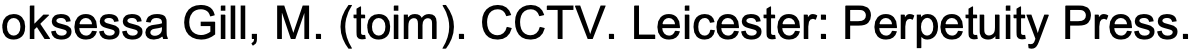
oksessa Gill, M. (toim). CCTV. Leicester: Perpetuity Press.